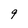
Character: 9